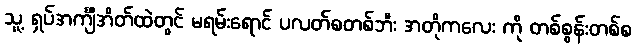
သူ့ ရှပ်အင်္ကျီအိတ်ထဲတွင် မရမ်းရောင် ပလတ်စတစ်ဘီး အတိုကလေး ကို တစ်စွန်းတစ်စ